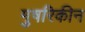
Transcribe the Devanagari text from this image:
मुषरिकीन